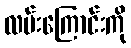
လမ်းကြောင်းကို